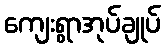
ကျေးရွာအုပ်ချုပ်